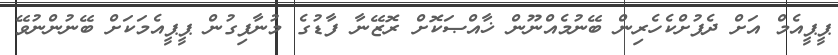
ޕީޕީއެމް އަށް ދެފުށްކެހެރިން ބޭނުމެއްނޫން ޚާއްޞަކޮށް ރޮޒޭނާ ފާޑުގެ މުނާފިގުން ޕީޕީއެމަކަށް ބޭނުންނުވޭ